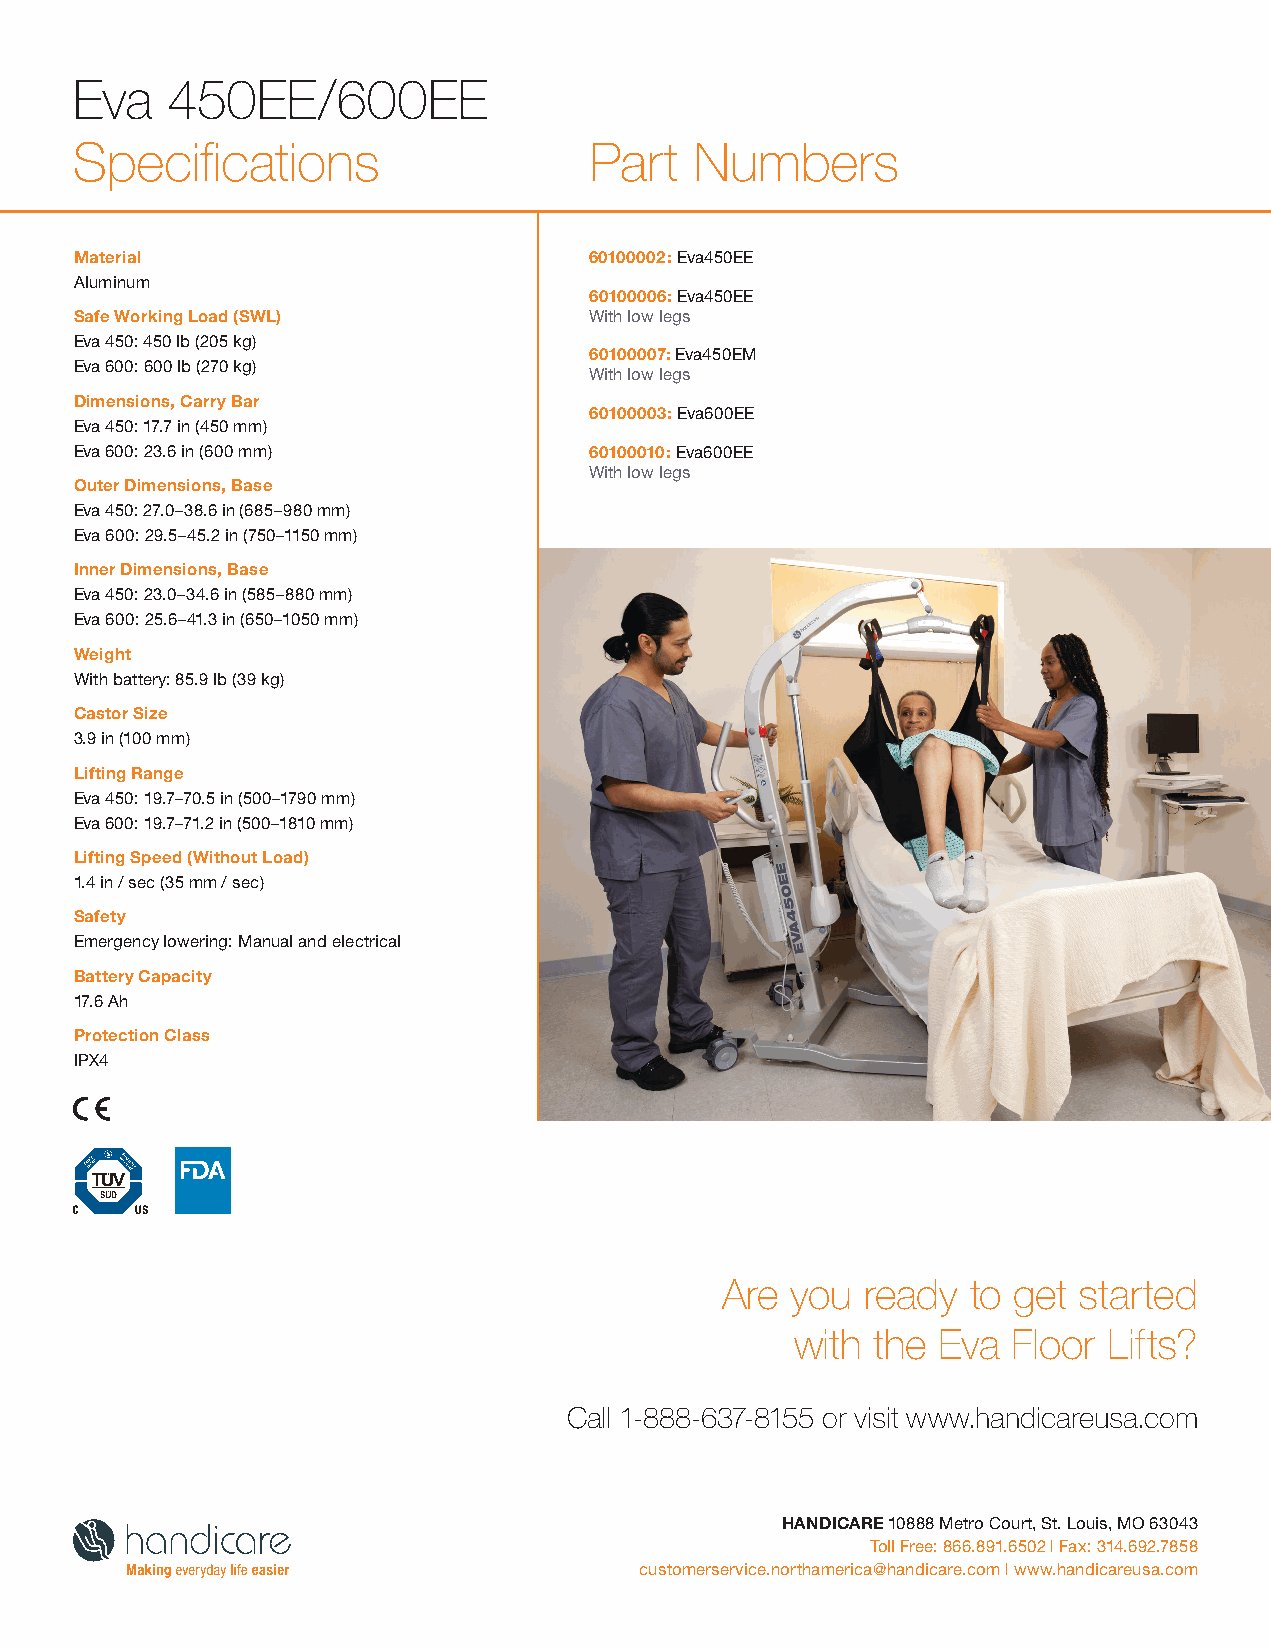
Eva    450EE/600EE
 Specifications                    Part   Numbers
 Material                          60100002: Eva450EE
 Aluminum
 60100006: Eva450EE
 Safe Working Load (SWL)           With low legs
 Eva 450: 450 lb (205 kg)
 60100007: Eva450EM
 Eva 600: 600 lb (270 kg)
 With low legs
 Dimensions, Carry Bar
 60100003: Eva600EE
 Eva 450: 17.7 in (450 mm)
 Eva 600: 23.6 in (600 mm)         60100010: Eva600EE
 With low legs
 Outer Dimensions, Base
 Eva 450: 27.0–38.6 in (685–980 mm)
 Eva 600: 29.5–45.2 in (750–1150 mm)
 Inner Dimensions, Base
 Eva 450: 23.0–34.6 in (585–880 mm)
 Eva 600: 25.6–41.3 in (650–1050 mm)
 Weight
 With battery: 85.9 lb (39 kg)
 Castor Size
 3.9 in (100 mm)
 Lifting Range
 Eva 450: 19.7–70.5 in (500–1790 mm)
 Eva 600: 19.7–71.2 in (500–1810 mm)
 Lifting Speed (Without Load)
 1.4 in / sec (35 mm / sec)
 Safety
 Emergency lowering: Manual and electrical
 Battery Capacity
 17.6 Ah
 Protection Class
 IPX4
 Are  you  ready  to get started
 with the  Eva Floor  Lifts?
 Call 1-888-637-8155 or visit www.handicareusa.com
 HANDICARE 10888 Metro Court, St. Louis, MO 63043
 Toll Free: 866.891.6502 | Fax: 314.692.7858
 customerservice.northamerica@handicare.com | www.handicareusa.com